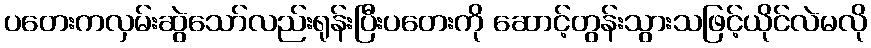
ပတေးကလှမ်းဆွဲသော်လည်းရုန်းပြီးပတေးကို ဆောင့်တွန်းသွားသဖြင့်ယိုင်လဲမလို